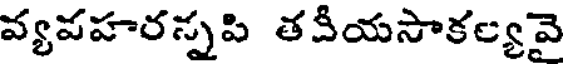
వ్యవహరన్నపి తవీయసాకల్యవై